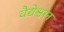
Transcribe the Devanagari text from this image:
वैद्येश्वरन